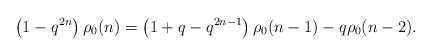
LaTeX: \begin{align*}\left( 1-q^{2n} \right) \rho_0 (n) = \left( 1+q-q^{2n-1}\right)\rho_0 (n-1) - q \rho_0 (n-2).\end{align*}